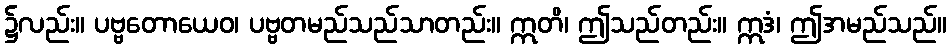
၌လည်း။ ပဗ္ဗတောယေဝ၊ ပဗ္ဗတမည်သည်သာတည်း။ ဣတိ၊ ဤသည်တည်း။ ဣဒံ၊ ဤအမည်သည်။